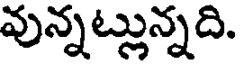
వున్నట్లున్నది.